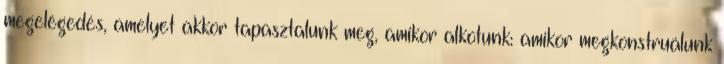
megelégedés, amelyet akkor tapasztalunk meg, amikor alkotunk: amikor megkonstruálunk